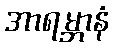
အာရမ္ဘာနံ